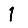
Digit: 1